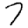
Digit: 7